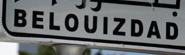
belouizdad